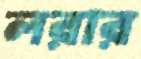
লরার